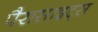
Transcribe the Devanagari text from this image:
पैरासाइट्स